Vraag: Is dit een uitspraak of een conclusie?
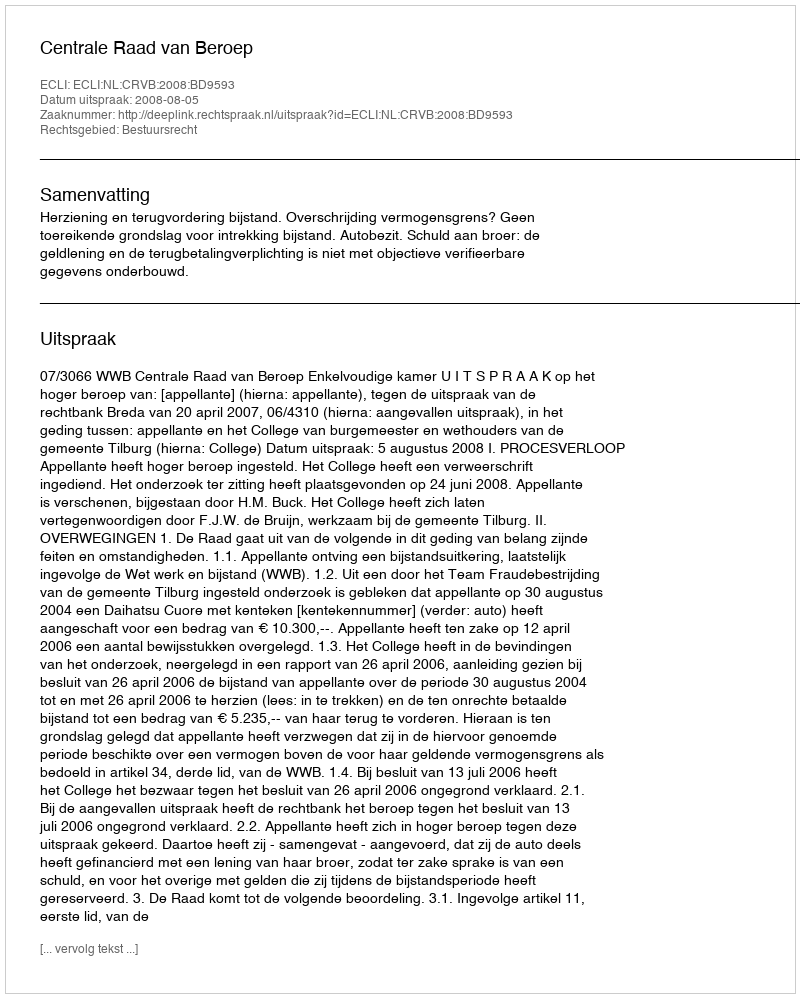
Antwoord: Uitspraak